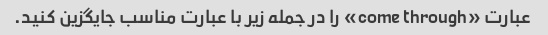
عبارت «come through» را در جمله زیر با عبارت مناسب جایگزین کنید.